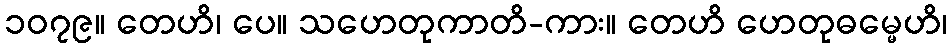
၁၀၇၉။ တေဟိ၊ ပေ။ သဟေတုကာတိ-ကား။ တေဟိ ဟေတုဓမ္မေဟိ၊